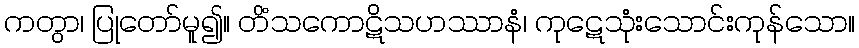
ကတွာ၊ ပြုတော်မူ၍။ တိံသကောဋိသဟဿာနံ၊ ကုဋေသုံးသောင်းကုန်သော။